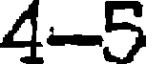
4-5